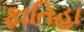
ફાતિહા